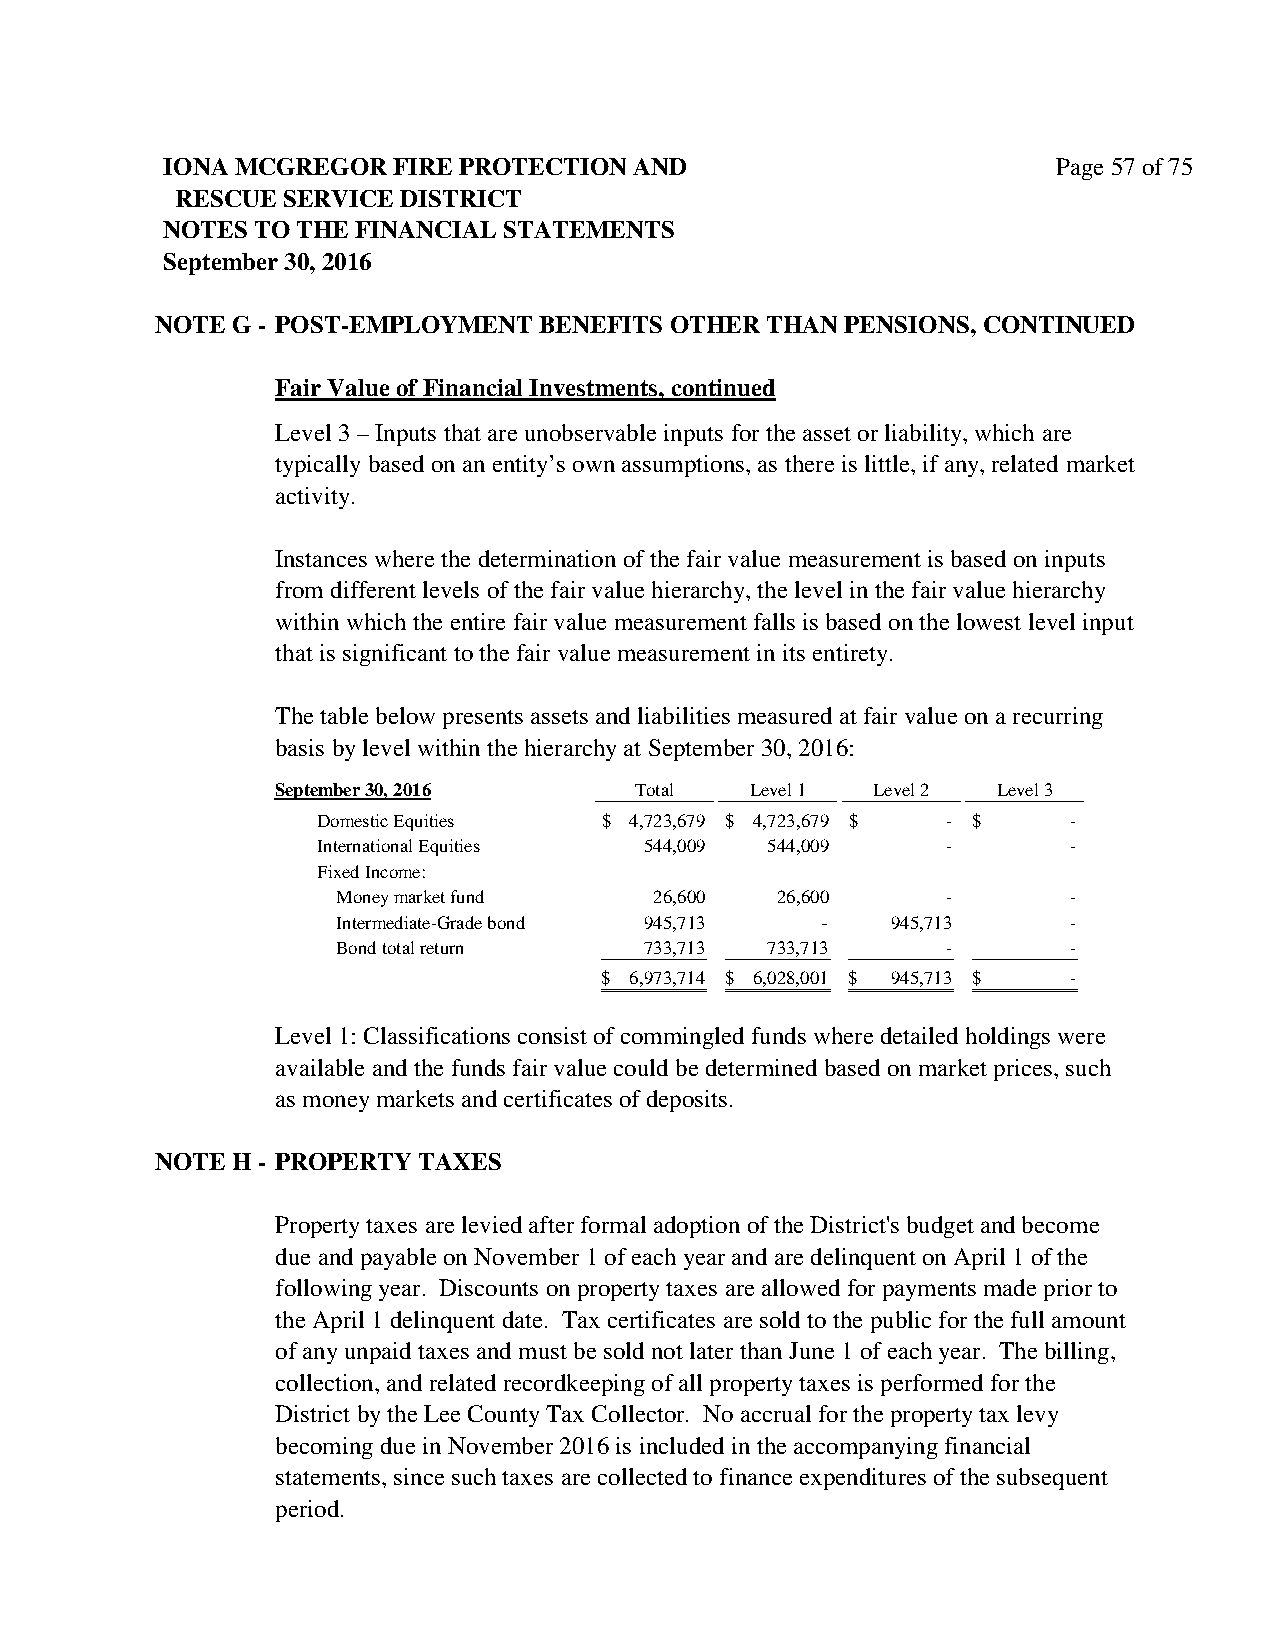
IONA MCGREGOR  FIRE PROTECTION AND                         Page 57 of 75
 RESCUE SERVICE DISTRICT
 NOTES TO THE FINANCIAL STATEMENTS
 September 30, 2016
 NOTE G - POST-EMPLOYMENT  BENEFITS OTHER THAN PENSIONS, CONTINUED
 Fair Value of Financial Investments, continued
 Level 3 – Inputs that are unobservable inputs for the asset or liability, which are
 typically based on an entity’s own assumptions, as there is little, if any, related market
 activity.
 Instances where the determination of the fair value measurement is based on inputs
 from different levels of the fair value hierarchy, the level in the fair value hierarchy
 within which the entire fair value measurement falls is based on the lowest level input
 that is significant to the fair value measurement in its entirety.
 The table below presents assets and liabilities measured at fair value on a recurring
 basis by level within the hierarchy at September 30, 2016:
 September 30, 2016      Total   Level 1 Level 2 Level 3
 Domestic Equities  $ 4 ,723,679 $ 4 ,723,679 $ - $ -
 International Equities 5 44,009 5 44,009  -       -
 Fixed Income:
 Money market fund    2 6,600 2 6,600     -       -
 Intermediate-Grade bond 9 45,713 -   9 45,713    -
 Bond total return    7 33,713 7 33,713   -       -
 $ 6 ,973,714 $ 6 ,028,001 $ 9 45,713 $ -
 Level 1: Classifications consist of commingled funds where detailed holdings were
 available and the funds fair value could be determined based on market prices, such
 as money markets and certificates of deposits.
 NOTE H - PROPERTY TAXES
 Property taxes are levied after formal adoption of the District's budget and become
 due and payable on November 1 of each year and are delinquent on April 1 of the
 following year. Discounts on property taxes are allowed for payments made prior to
 the April 1 delinquent date. Tax certificates are sold to the public for the full amount
 of any unpaid taxes and must be sold not later than June 1 of each year. The billing,
 collection, and related recordkeeping of all property taxes is performed for the
 District by the Lee County Tax Collector. No accrual for the property tax levy
 becoming due in November 2016 is included in the accompanying financial
 statements, since such taxes are collected to finance expenditures of the subsequent
 period.